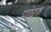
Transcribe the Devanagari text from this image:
पांघरु